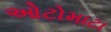
ઓટોમાટા